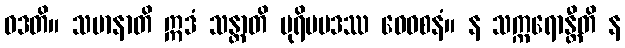
ဝဒတိ။ သမာနာတိ ဣဒံ သန္တာတိ ပုရိမပဒဿ ဝေဝစနံ။ န သက္ကရောန္တီတိ န